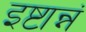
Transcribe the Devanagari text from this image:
इष्टान्नं